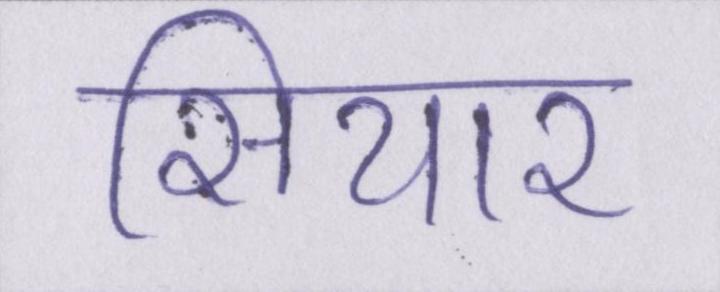
सियार